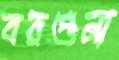
বরগুনা